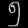
Digit: ၅